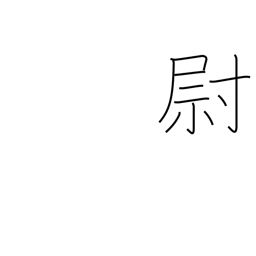
Meaning: old man